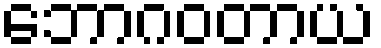
ဘောဂဝတာယ